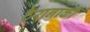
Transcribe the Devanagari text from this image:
टैरानाकी